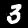
Digit: 3